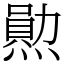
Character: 𤏩